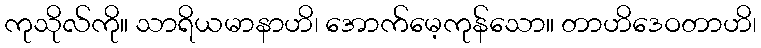
ကုသိုလ်ကို။ သာရိယမာနာဟိ၊ အောက်မေ့ကုန်သော။ တာဟိဒေဝတာဟိ၊